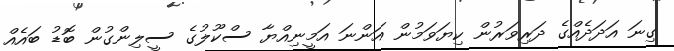
ގިނަ އަދަދެއްގެ ދަރިވަރުން ކިޔަވަމުން އަންނަ އަމީނިއްޔާ ސްކޫލުގެ ސީލިންގުން ބޮޑު ބައެއް